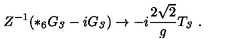
Z ^ { - 1 } ( * _ { 6 } G _ { \it 3 } - i G _ { \it 3 } ) \to - i \frac { 2 \sqrt { 2 } } { g } T _ { \it 3 } \ .